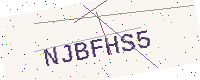
Text: NJBFHS5